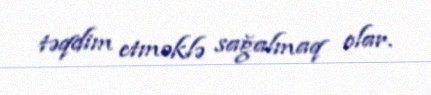
təqdim etməklə sağalmaq olar.